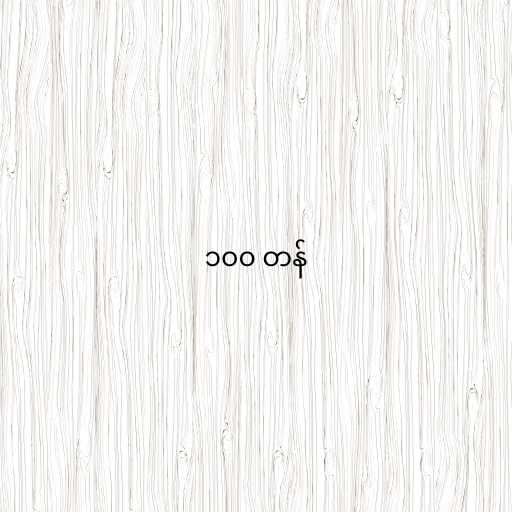
၁၀၀ တန်